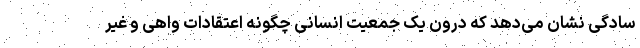
سادگی نشان می‌دهد که درون یک جمعیت انسانی چگونه اعتقادات واهی و غیر